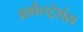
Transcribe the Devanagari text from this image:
आर्केस्ट्रेशंस